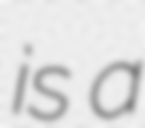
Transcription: is a